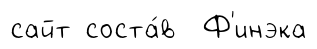
сайт соста́в Ф'инэка